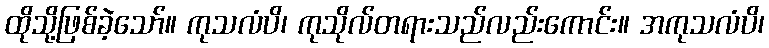
ထိုသို့ဖြစ်ခဲ့သော်။ ကုသလံပိ၊ ကုသိုလ်တရားသည်လည်းကောင်း။ အကုသလံပိ၊